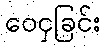
ဝေငှခြင်း